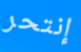
إنتحر